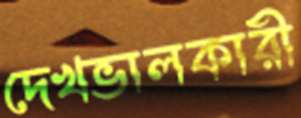
দেখভালকারী